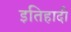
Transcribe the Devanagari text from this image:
इतिहादी